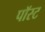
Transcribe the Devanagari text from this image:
पॉस्ट